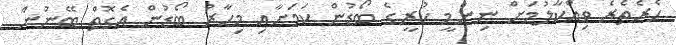
ހެރެތެރެ ވިއްކާލުމަށް ނިންމީ ކުރީގެ ބޯޑުން ކަމަށާއި މިހާރު ބޯޑުން އެގޮތް ބޭނުން